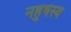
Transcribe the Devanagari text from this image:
नहुषस्य